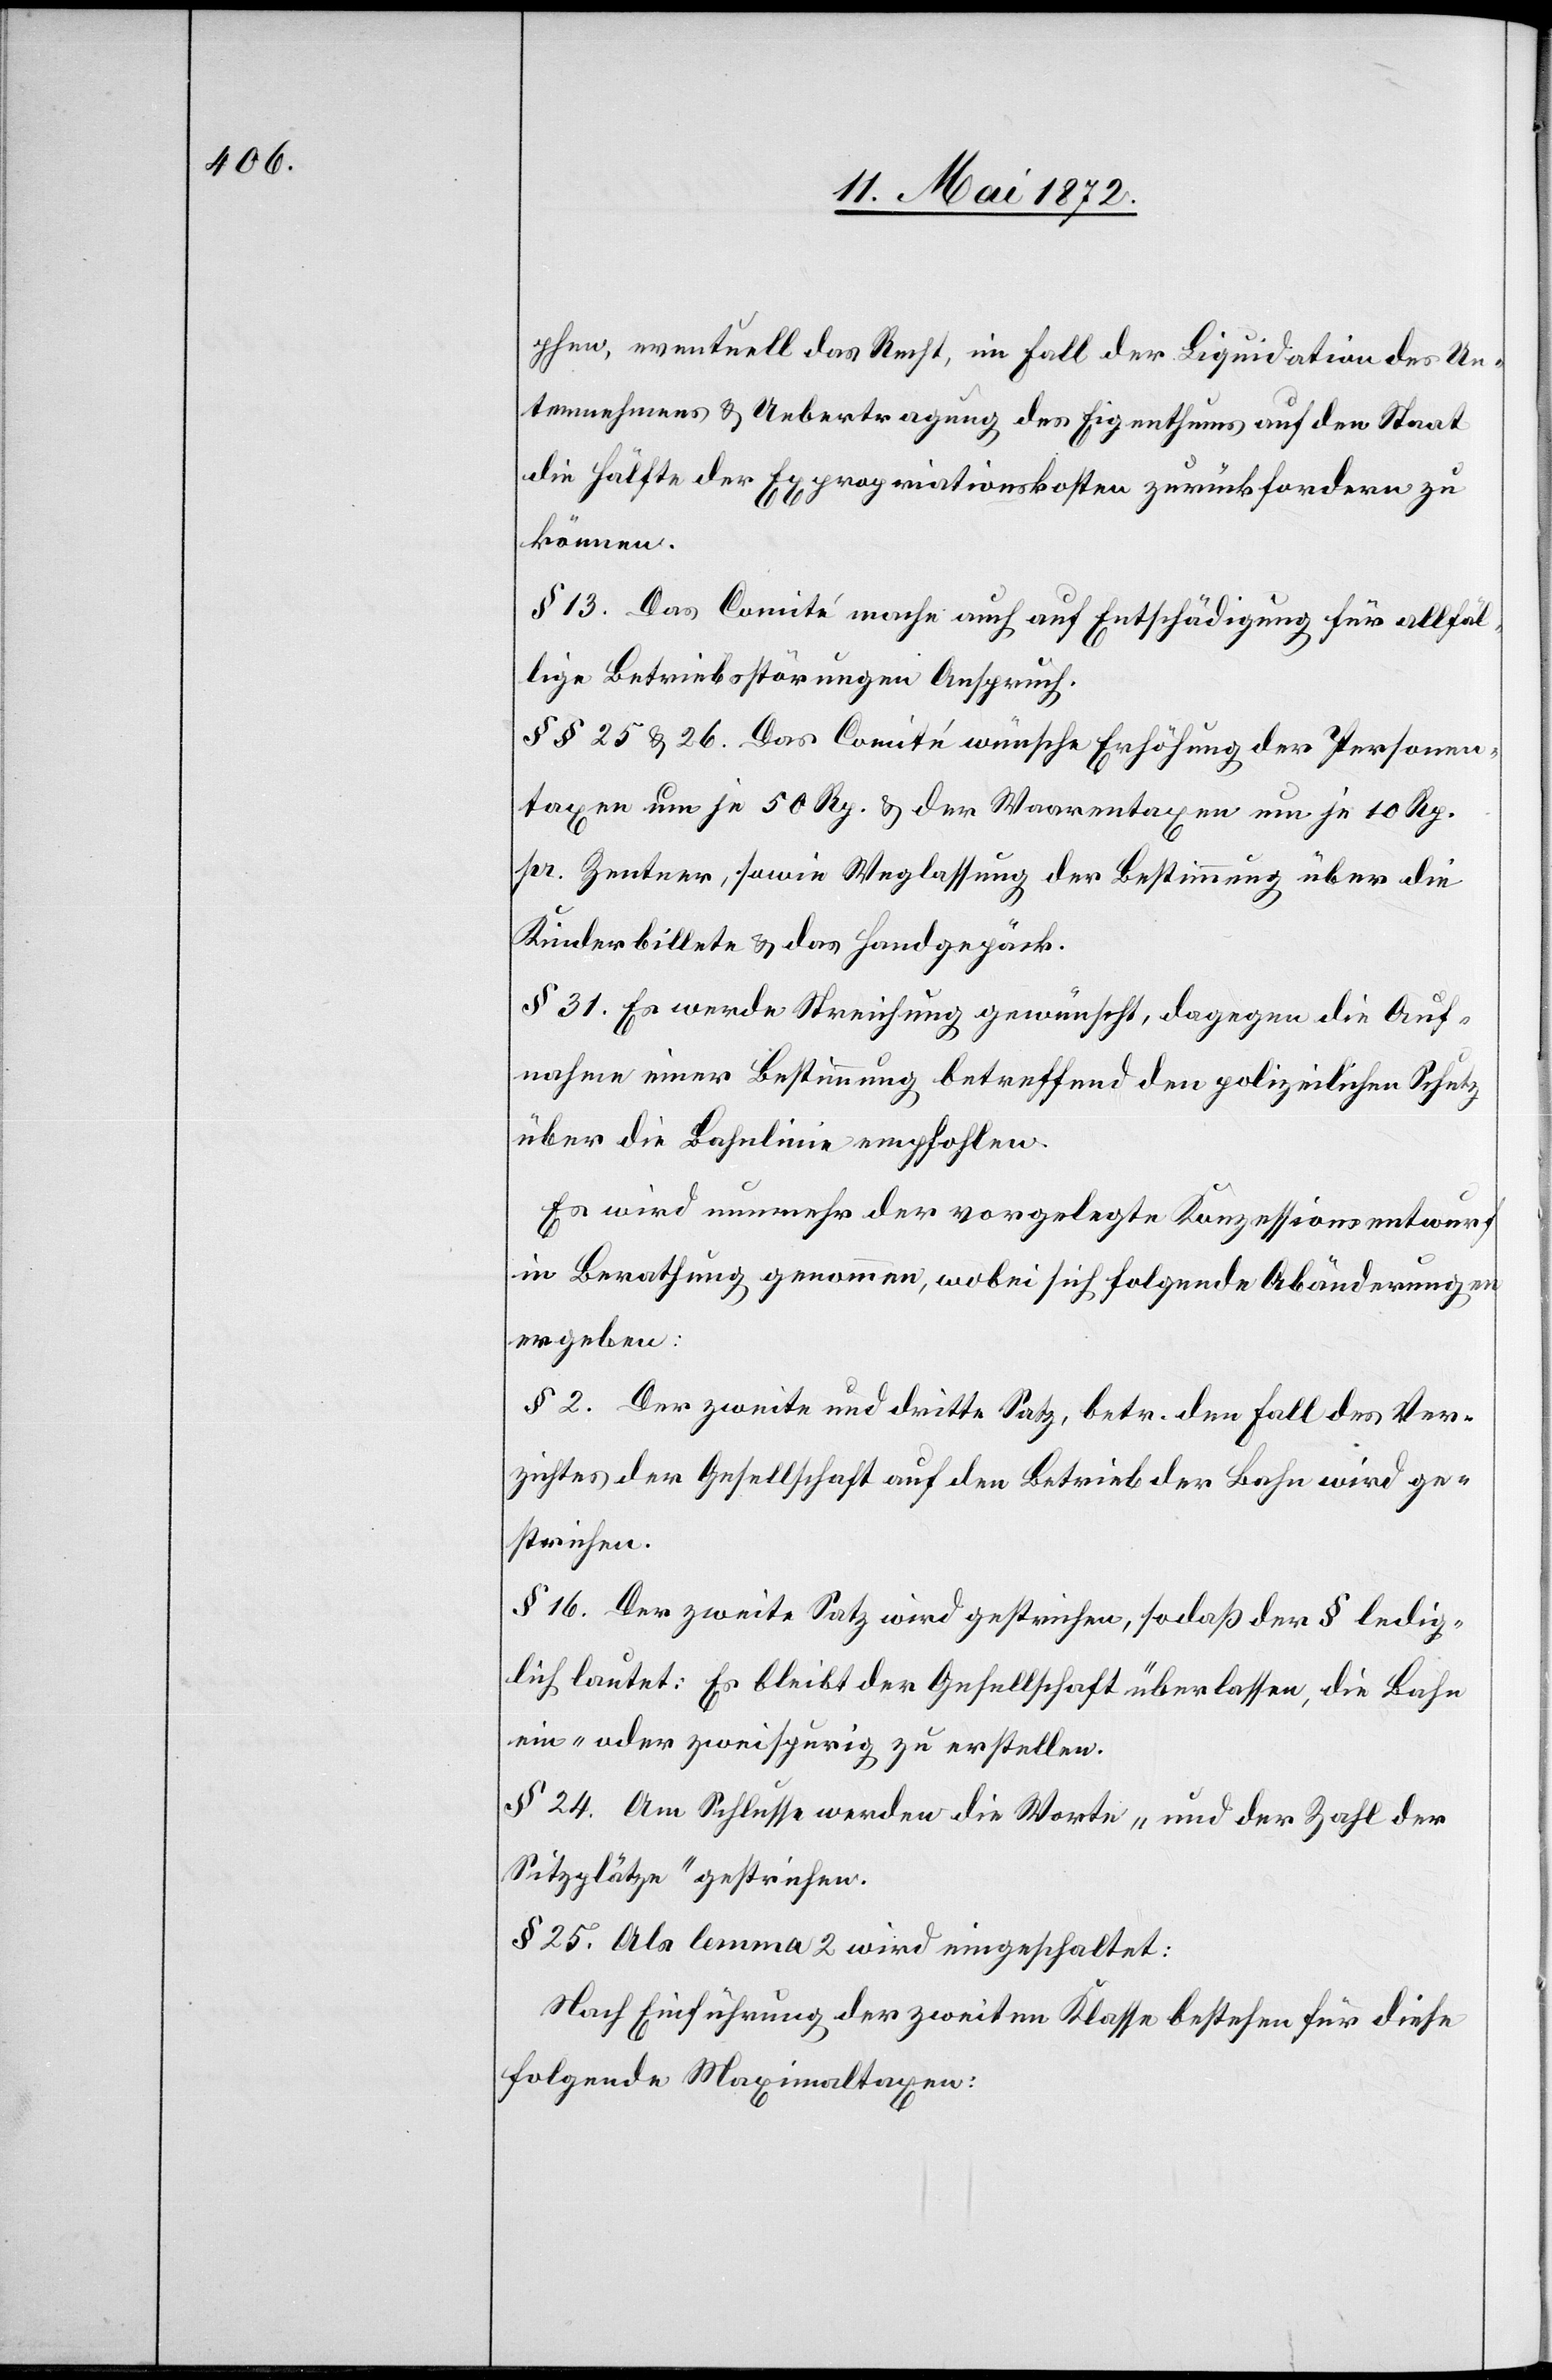
phen, eventuell das Recht, im Fall der Liquidation des Un¬
ternehmens u. Uebertragung des Eigenthums auf den Staat
die Hälfte der Expropriationskosten zurückfordern zu
können.
§ 13. Das Comité mache auch auf Entschädigung für allfäl¬
lige Betriebsstörungen Anspruch.
§§ 25 u. 26. Das Comité wünsche Erhöhung der Personen¬
taxen um je 50 Rp. u. der Waarentaxen um je 10 Rp.
pr. Zentner, sowie Weglassung der Bestimmung über die
Kinderbillete u. das Handgepäck.
§ 31. Es werde Streichung gewünscht, dagegen die Auf¬
nahme einer Bestimmung betreffend den polizeilichen Schutz
über die Bahnlinie empfohlen.
Es wird nunmehr der vorgelegte Konzessionsentwurf
in Berathung genommen, wobei sich folgende Abänderungen
ergeben:
§ 2. Der zweite und dritte Satz, betr. den Fall des Ver¬
zichtes der Gesellschaft auf den Betrieb der Bahn wird ge¬
strichen.
§ 16. Der zweite Satz wird gestrichen, so daß der § ledig¬
lich lautet: Es bleib der Gesellschaft überlassen, die Bahn
ein- oder zweispurig zu erstellen.
§ 24. Am Schlusse werden die Worte „und der Zahl der
Sitzplätze“ gestrichen.
§ 25. Als lemma 2 wird eingeschaltet:
Nach Einführung der zweiten Klasse bestehen für diese
folgende Maximaltaxen: